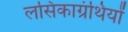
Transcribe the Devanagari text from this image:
लसिकाग्रंथियों